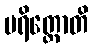
ပရိတ္တောတိ